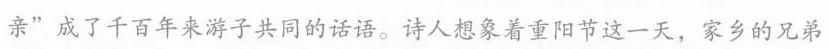
亲”成了千百年来游子共同的话语。诗人想象着重阳节这一天，家乡的兄弟